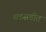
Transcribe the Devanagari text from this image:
सडसडीत